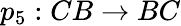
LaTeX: p_{5}:CB\rightarrow BC